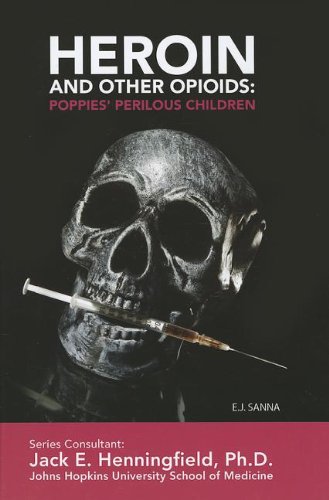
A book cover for Heroin and Other Opioids: Poppies' Perilous Children (Illicit and Misused Drugs); E. J. Sanna; Teen & Young Adult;